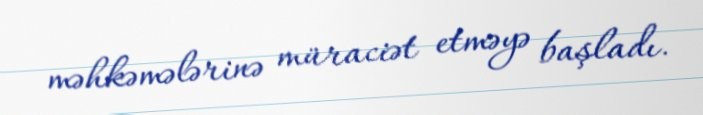
məhkəmələrinə müraciət etməyə başladı.